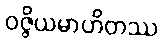
ဝဇ္ဇိယမာဟိတဿ